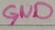
Text: GND